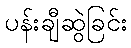
ပန်းချီဆွဲခြင်း